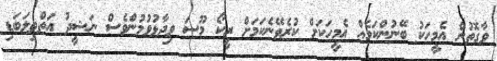
ވާގޮތުން އެމީހަކު ބޭނުންކަމެއް އެމީހަކަށް ކުރެވޭނެކަމަށް ރީކޯ މޫސަ ވިދާޅުވުމުންވެސް ނަޝީދު އަތްތިލަބަޑި